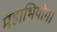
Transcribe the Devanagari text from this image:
महाभियोग।